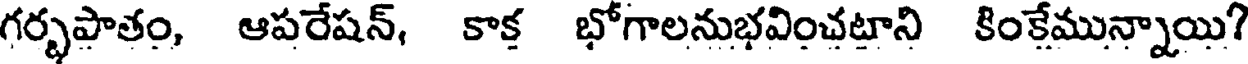
గర్భపాతం, ఆపరేషన్, కాక్త భోగాలనుభవించటాని కింకేమున్నాయి?